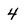
Character: 4